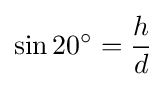
\sin 20^{\circ }={\frac {h}{d}}